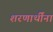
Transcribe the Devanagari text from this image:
शरणार्थींना